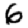
Digit: 6